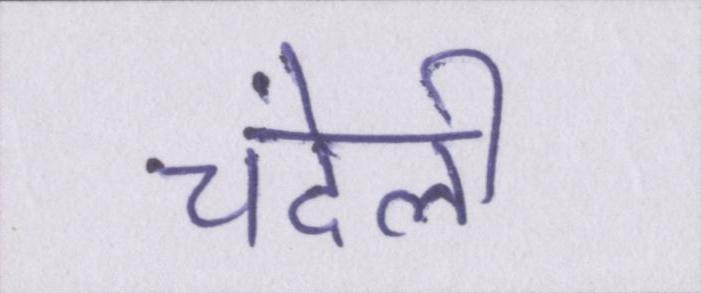
चंदेली